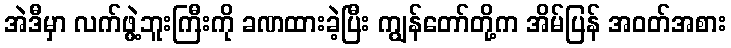
အဲဒီမှာ လက်ဖွဲ့ဘူးကြီးကို ခဏထားခဲ့ပြီး ကျွန်တော်တို့က အိမ်ပြန် အဝတ်အစား